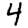
Digit: 4